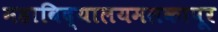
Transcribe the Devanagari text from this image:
महाविद्यालयमलकापूर